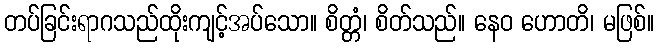
တပ်ခြင်းရာဂသည်ထိုးကျင့်အပ်သော။ စိတ္တံ၊ စိတ်သည်။ နေဝ ဟောတိ၊ မဖြစ်။